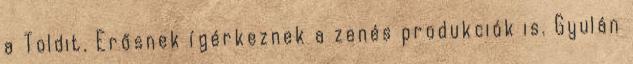
a Toldit. Erősnek ígérkeznek a zenés produkciók is. Gyulán